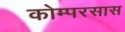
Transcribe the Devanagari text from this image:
कोम्परसास